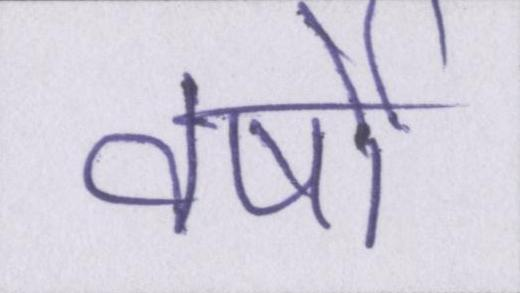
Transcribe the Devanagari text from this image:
वर्षो